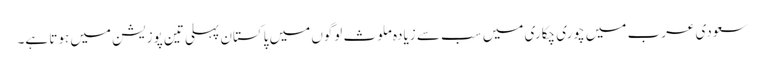
سعودی عرب میں چوری چکاری میں سب سے زیادہ ملوث لوگوں میں پاکستان پہلی تین پوزیشن میں ہوتا ہے۔